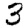
Digit: 3